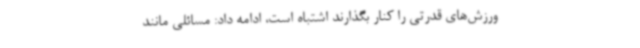
ورزش‌های قدرتی را کنار بگذارند اشتباه است، ادامه داد: مسائلی مانند